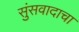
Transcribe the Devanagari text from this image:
सुंसवादाचा